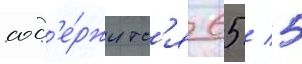
сод'е́ржитс'я 65 / 5